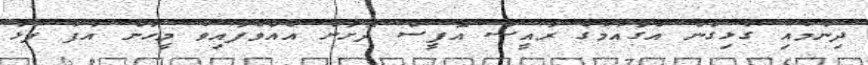
ދިނުމާއި ގުޅިގެން އެގައުމުގެ ރައީސް އޮފީސް ދޮށަށް އެއްވެފައިވާ މީހުން އުފާ ފާޅު